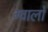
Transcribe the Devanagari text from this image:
ग्‍वालो